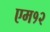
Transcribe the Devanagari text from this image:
एम१२